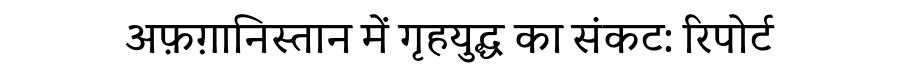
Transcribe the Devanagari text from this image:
अफ़ग़ानिस्तान में गृहयुद्ध का संकट: रिपोर्ट